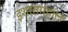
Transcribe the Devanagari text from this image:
इशरतमहाल